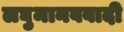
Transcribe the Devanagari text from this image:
लघुमानववादी